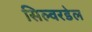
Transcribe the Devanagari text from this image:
सिल्वरडेल